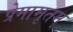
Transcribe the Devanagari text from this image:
प्रेमामृतम्